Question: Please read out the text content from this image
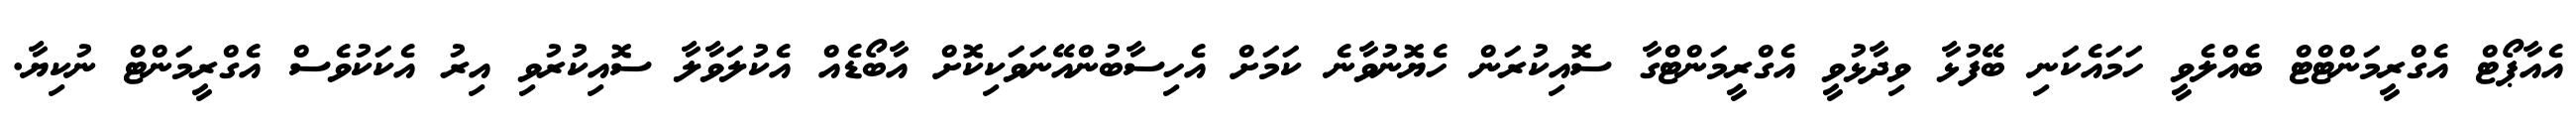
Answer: އެއާޕޯޓް އެގްރީމަންޓްޓް ބެއްލެވީ ހަމައެކަނި ބޭފުޅާ ވިދާޅުވީ އެގްރީމަންޓްގާ ސޮއިކުރަން ހެޔޮނުވާނެ ކަމަށް އެހިސާބުންއޭނަވަކިކޮށް އާބޯޑެއް އެކުލަވާލާ ސޮއިކުރުވި އިރު އެކަކުވެސް އެގްރީމަންޓް ނުކިޔާ.